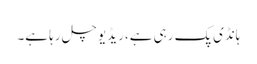
ہانڈی پک رہی ہے، ریڈیو چل رہا ہے۔